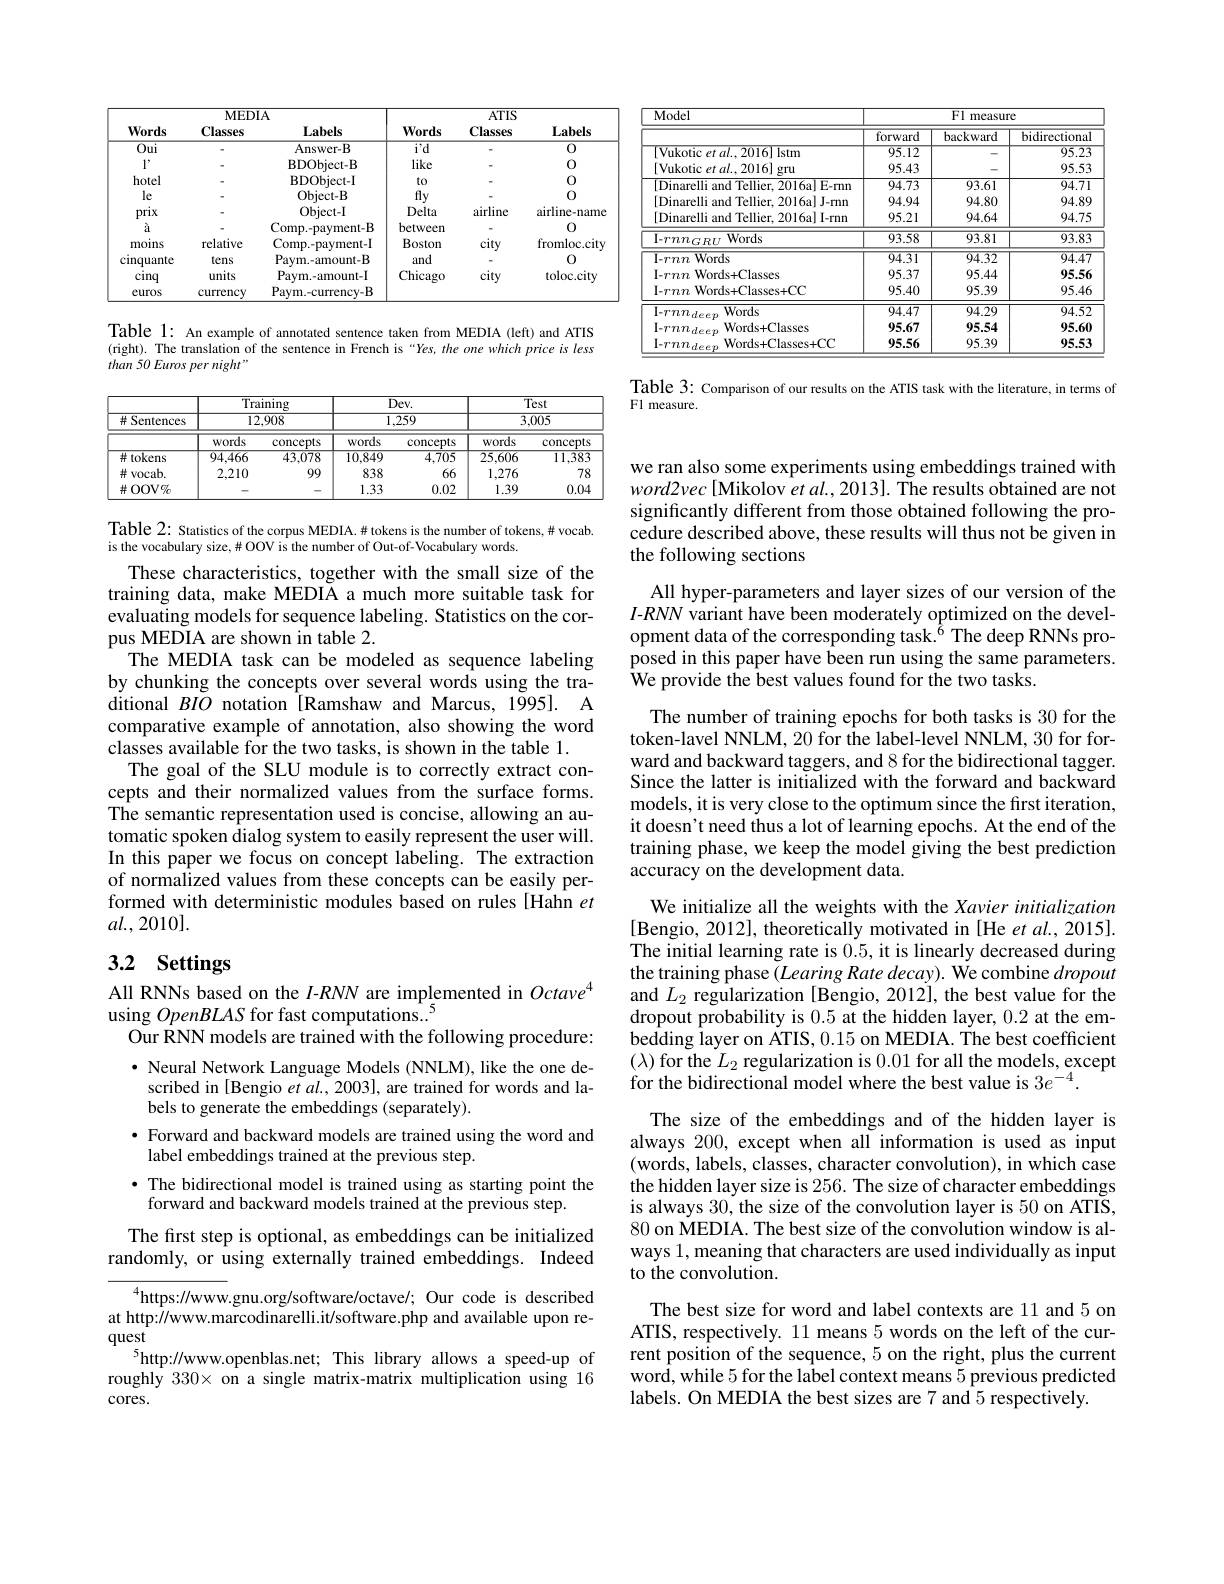
<table>
	<tbody>
		<tr>
			<th>Words</th>
			<th>$MED$ Classes</th>
			<th>$[A$ Labels</th>
			<th>Words</th>
			<th>$ATIS$ Classes</th>
			<th>Labels</th>
		</tr>
		<tr>
			<th>$\mathbf{Words}$</th>
			<th>IVILL Classes</th>
			<th>$\mathbf{Labels}$</th>
			<th>$\mathbf{Words}$</th>
			<th>$l\ln{10}$ Classes</th>
			<th>$\mathbf{Labels}$</th>
		</tr>
		<tr>
			<td>$\overline{Oui}$</td>
			<td> </td>
			<td>Answer-B</td>
			<td>$\overline{\mathrm{i'd}}$</td>
			<td> </td>
			<td>0</td>
		</tr>
		<tr>
			<td>1,</td>
			<td> </td>
			<td>$BDObject-B$</td>
			<td>like</td>
			<td> </td>
			<td>0</td>
		</tr>
		<tr>
			<td>hotel</td>
			<td> </td>
			<td>BDObject-I</td>
			<td>to</td>
			<td> </td>
			<td>0</td>
		</tr>
		<tr>
			<td>le</td>
			<td> </td>
			<td>Object-B</td>
			<td>fly</td>
			<td> </td>
			<td>0</td>
		</tr>
		<tr>
			<td>prix</td>
			<td> </td>
			<td>Object-I</td>
			<td>Delta</td>
			<td>airline</td>
			<td>airline-name</td>
		</tr>
		<tr>
			<td>à</td>
			<td> </td>
			<td>Comp. - payment- B</td>
			<td>between</td>
			<td> </td>
			<td>0</td>
		</tr>
		<tr>
			<td>moins</td>
			<td>relative</td>
			<td>Comp.-payment-I</td>
			<td>Boston</td>
			<td>city</td>
			<td>fromloc.city</td>
		</tr>
		<tr>
			<td>cinquante</td>
			<td>tens</td>
			<td>Paym.-amount-B</td>
			<td>and</td>
			<td> </td>
			<td>0</td>
		</tr>
		<tr>
			<td>cinq</td>
			<td>units</td>
			<td>Paym.-amount-I</td>
			<td>Chicago</td>
			<td>city</td>
			<td>toloc.city</td>
		</tr>
		<tr>
			<td>euros</td>
			<td>currency</td>
			<td>Paym. - currency- B</td>
			<td> </td>
			<td> </td>
			<td> </td>
		</tr>
	</tbody>
</table>

Table 1: An example of annotated sentence taken from MEDIA (left) and ATIS (right). The translation of the sentence in French is“Yes, the one which price is less than 50 Euros per night"

<table>
	<tbody>
		<tr>
			<th rowspan="4"># Sentences</th>
			<th colspan="6">Training 12,908</th>
			<th colspan="6">$Dev.$ 1,259</th>
			<th colspan="6">Test 3,005</th>
		</tr>
		<tr>
			<th>words</th>
			<th>concepts</th>
			<th>words</th>
			<th>concepts</th>
			<th>words</th>
			<th>concepts</th>
		</tr>
		<tr>
			<td>井 tokens</td>
			<td>94,466</td>
			<td>43.078</td>
			<td>10,849</td>
			<td>4,705</td>
			<td>$\overline{25,606}$</td>
			<td>11,383</td>
		</tr>
		<tr>
			<td>井 vocab. 1 K</td>
			<td>2,210</td>
			<td>99</td>
			<td>838</td>
			<td>66</td>
			<td>1,276</td>
			<td>78</td>
		</tr>
		<tr>
			<td>并 OOV$\%$</td>
			<td> </td>
			<td> </td>
			<td>1.33</td>
			<td>0.02</td>
			<td>1.39</td>
			<td>0.04</td>
		</tr>
	</tbody>
</table>

Table 2: Statistics of the corpus MEDIA.# tokens is the number of tokens, # vocab.
is the vocabulary size, # OOV is the number of Out-of- Vocabulary words.

These characteristics, together with the small size of the training data, make MEDIA a much more suitable task for evaluating models for sequence labeling. Statistics on the corpus MEDIA are shown in table 2.
The MEDIA task can be modeled as sequence labeling by chunking the concepts over several words using the traditional $BIO$ notation [Ramshaw and Marcus, 1995]. A comparative example of annotation, also showing the word $\hat{\text{classes available for the two tasks, is shown in the table 1.}}$
The goal of the SLU module is to correctly extract concepts and their normalized values from the surface forms. The semantic representation used is concise, allowing an automatic spoken dialog system to easily represent the user will. In this paper we focus on concept labeling. The extraction of normalized values from these concepts can be easily performed with deterministic modules based on rules [Hahn et $al.,2010].$

# 3.2 Settings

All RNNs based on the $I$-RNN are implemented in $Octave^{4}$
using OpenBLAS for fast computations...5
Our RNN models are trained with the following procedure: $\cdot$ Neural Network Language Models (NNLM), like the one de-
scribed in [Bengio et al., 2003], are trained for words and la-
bels to generate the embeddings (separately).
$\bullet$ Forward and backward models are trained using the word and
label embeddings trained at the previous step.
· The bidirectional model is trained using as starting point the
forward and backward models trained at the previous step.
The first step is optional, as embeddings can be initialized randomly, or using externally trained embeddings. Indeed
$^{4}$https://www.gnu.org/software/octave/; Our code is described at http://www.marcodinarelli.it/software.php and available upon request
5http://www.openblas.net; This library allows a speed-up of roughly $330\times$ on a single matrix-matrix multiplication using 16 cores.

<table>
	<tbody>
		<tr>
			<th rowspan="2">$\underline{Model}$</th>
			<th colspan="3">Fl measure</th>
		</tr>
		<tr>
			<th>forward</th>
			<th>backward</th>
			<th>bidirectiona</th>
		</tr>
		<tr>
			<td>[Vukotic et al..2016] lstm</td>
			<td>9512</td>
			<td> </td>
			<td>95.22</td>
		</tr>
		<tr>
			<td>[Vukotic et al..2016] gru</td>
			<td>95.43</td>
			<td> </td>
			<td>95.52</td>
		</tr>
		<tr>
			<td>[Dinarelli and Tellier, 2016a] E-rnn</td>
			<td>94.73</td>
			<td>93.61</td>
			<td>94.71</td>
		</tr>
		<tr>
			<td>[Dinarelli and Tellier, 2016a] J-rnn</td>
			<td>94.94</td>
			<td>94.80</td>
			<td>94.85</td>
		</tr>
		<tr>
			<td>[Dinarelli and Tellier, 2016a) I-rnm</td>
			<td>95.21</td>
			<td>94.64</td>
			<td>94.75</td>
		</tr>
		<tr>
			<td>$\mathbf{I}-\boldsymbol{r}nn_{GRU}$ Words</td>
			<td>93.58</td>
			<td>93.81</td>
			<td>93.82</td>
		</tr>
		<tr>
			<td>$I-Tnn$ Words</td>
			<td>94.31</td>
			<td>94.32</td>
			<td>9447</td>
		</tr>
		<tr>
			<td>Words+ Classes $I-Tnn$ </td>
			<td>95.37</td>
			<td>95.44</td>
			<td>95.56</td>
		</tr>
		<tr>
			<td>I- rnn Words+Classes+CC</td>
			<td>95.40</td>
			<td>95.39</td>
			<td>$95.4\epsilon$</td>
		</tr>
		<tr>
			<td>$\mathbf{I}-rnn_{deep}$ Words</td>
			<td>94.47</td>
			<td>94.29</td>
			<td>94.52</td>
		</tr>
		<tr>
			<td>$I-rnn_{deep}$ Words+ Classes</td>
			<td>95.67</td>
			<td>95.54</td>
			<td>95.60</td>
		</tr>
		<tr>
			<td>$I-rnn_{deep}$ Words+ Classes+ CC</td>
			<td>95.56</td>
			<td>95.39</td>
			<td>95.53</td>
		</tr>
	</tbody>
</table>

Table 3: Comparison of our results on the ATIS task with the literature, in terms of
Fl measure.

we ran also some experiments using embeddings trained with $word2vec[$Mikolov et al., 2013]. The results obtained are not significantly different from those obtained following the procedure described above, these results will thus not be given in the following sections

All hyper-parameters and layer sizes of our version of the $I$-RNN variant have been moderately optimized on the development data of the corresponding task.$^{6}$The deep RNNs proposed in this paper have been run using the same parameters. We provide the best values found for the two tasks.

The number of training epochs for both tasks is 30 for the token-lavel NNLM, 20 for the label-level NNLM, 30 for forward and backward taggers, and 8 for the bidirectional tagger. Since the latter is initialized with the forward and backward models, it is very close to the optimum since the first iteration, it doesn't need thus a lot of learning epochs. At the end of the training phase, we keep the model giving the best prediction accuracy on the development data.

We initialize all the weights with the Xavier initialization [Bengio, 2012], theoretically motivated in [He et al., 2015]. The initial learning rate is 0.5, it is linearly decreased during the training phase $( Learing\textit{Rate decay) . We combine }dropout$ and $L_2$ regularization [Bengio, 2012], the best value for the dropout probability is 0.5 at the hidden layer, 0.2 at the embedding layer on ATIS, 0.15 on MEDIA. The best coefficient $(\lambda)$ for the $L_2$ regularization is 0.01 for all the models, except for the bidirectional model where the best value is $3e^{-4}.$
The size of the embeddings and of the hidden layer is always 200, except when all information is used as input (words, labels, classes, character convolution), in which case the hidden layer size is 256. The size of character embeddings is always 30, the size of the convolution layer is 50 on ATIS, 80 on MEDIA. The best size of the convolution window is always 1, meaning that characters are used individually as input to the convolution.
The best size for word and label contexts are 11 and 5 on ATIS, respectively. 11 means 5 words on the left of the current position of the sequence, 5 on the right, plus the current

word, while 5 for the label context means 5 previous predicted
labels. On MEDIA the best sizes are 7 and 5 respectively